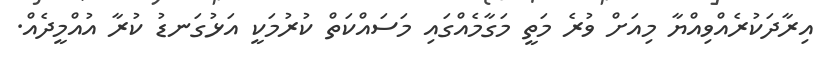
އިރާދަކުރެއްވިއްޔާ މިއަށް ވުރެ މަތީ މަގާމެއްގައި މަސައްކަތް ކުރުމަކީ އަޅުގަނޑު ކުރާ އުއްމީދެއް.